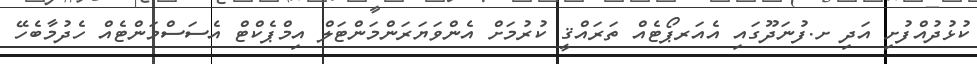
ކުޅުދުއްފުށި އަދި ށ.ފުނަދޫގައި އެއަރޕޯޓެއް ތަރައްޤީ ކުރުމަށް އެންވަޔަރަންމަންޓަލް އިމްޕެކްޓް އެސަސްމަންޓެއް ހެދުމާބެހޭ